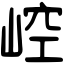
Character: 崆